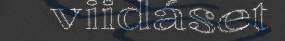
viidáset